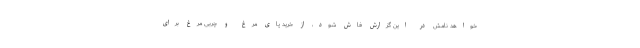
‌خواهد نامش در این گزارش فاش شود، از خرید پای مرغ و چربی مرغ برای